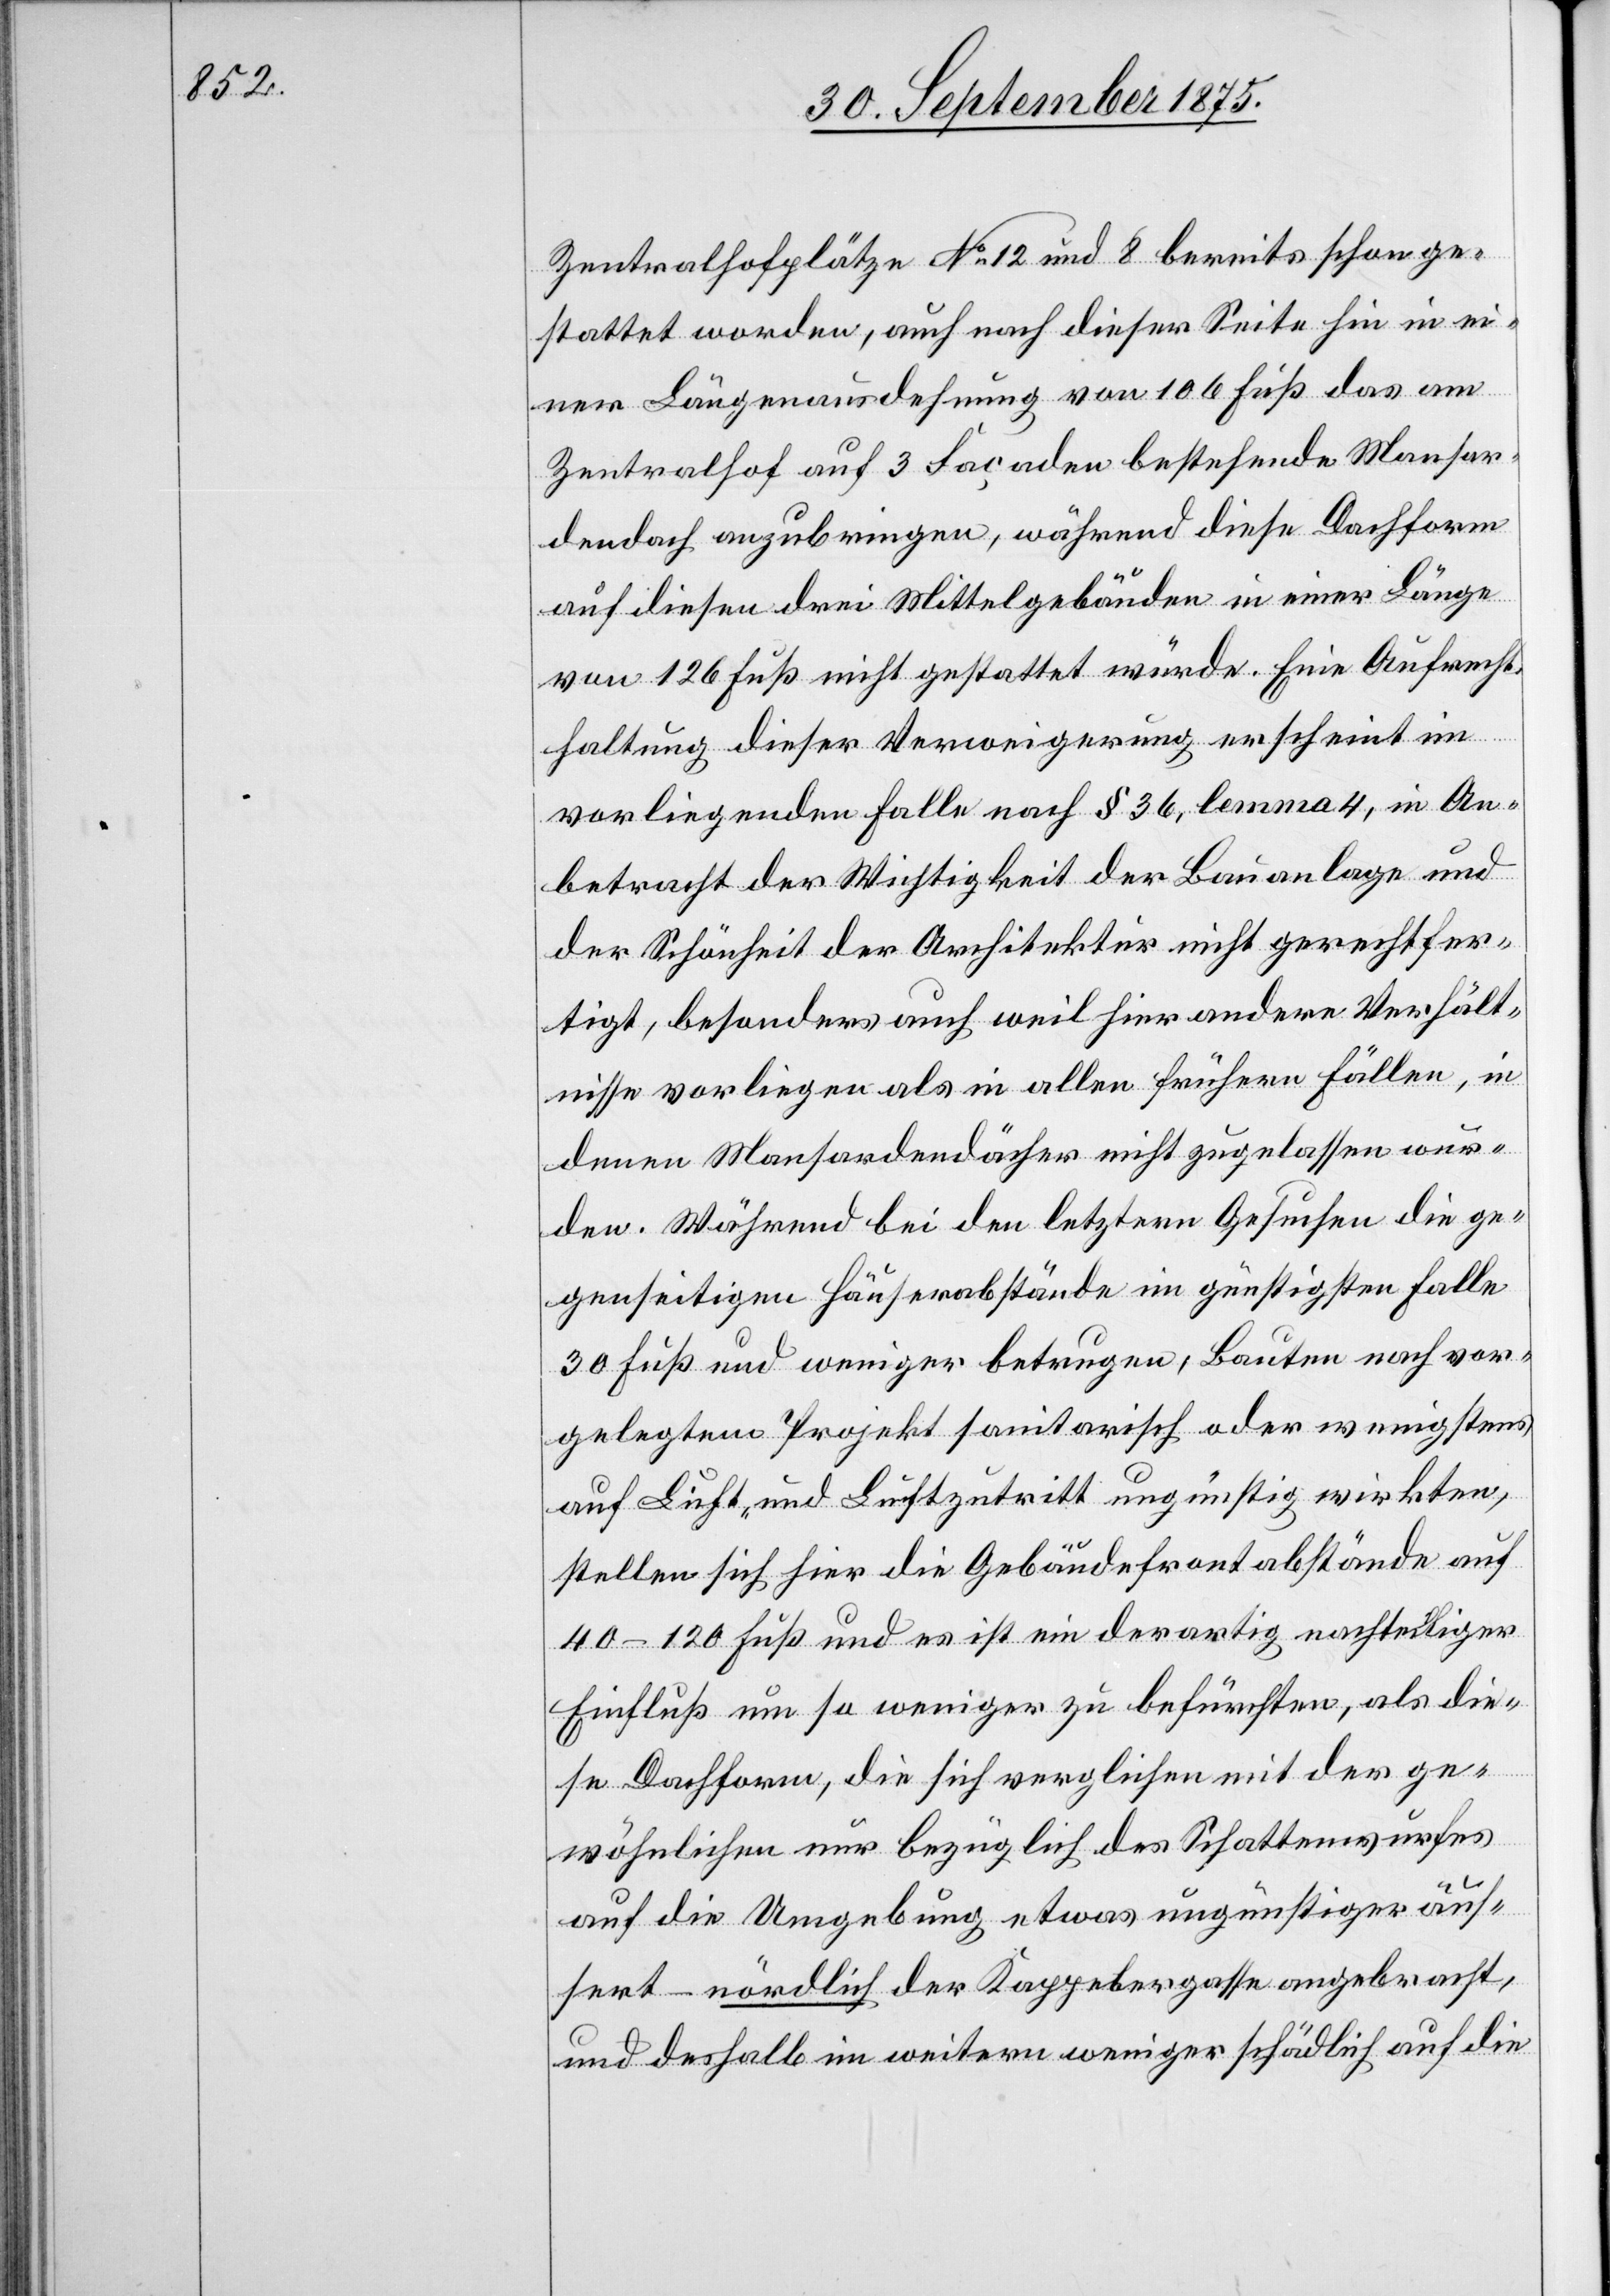
Zentralhofplätze No 12 und 8 bereits schon ge¬
stattet worden, auch nach dieser Seite hin in ei¬
ner Längenausdehnung von 106 Fuß das am
Zentralhof auf 3 Façaden bestehende Mansar¬
dendach anzubringen, während diese Dachform
auf diesen drei Mittelgebäuden in einer Länge
von 126 Fuß nicht gestattet würde. Eine Aufrecht¬
haltung dieser Verweigerung erscheint im
vorliegenden Falle nach § 36, lemma 4, in An¬
betracht der Wichtigkeit der Bauanlage und
der Schönheit der Architektur nicht gerechtfer¬
tigt, besonders auch weil hier andere Verhält¬
nisse vorliegen als in allen frühern Fällen, in
denen Mansardendächer nicht zugelassen wur¬
den. Während bei den letztern Gesuchen die ge¬
genseitigen Häuserabstände im günstigsten Falle
30 Fuß und weniger betrugen, Bauten nach vor¬
gelegtem Projekt sanitarisch oder wenigstens
auf Licht- und Luftzutritt ungünstig wirkten,
stellen sich hier die Gebäudefrontabstände auf
40–120 Fuß und es ist ein derartig nachtheiliger
Einfluß um so weniger zu befürchten, als die¬
se Dachform, die sich verglichen mit der ge¬
wöhnlichen nur bezüglich des Schattenwurfes
auf die Umgebung etwas ungünstiger äus¬
sert – nördlich der Kappelergasse angebracht,
und deshalb im weitern weniger schädlich auf die